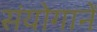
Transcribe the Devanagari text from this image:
संयोगानें